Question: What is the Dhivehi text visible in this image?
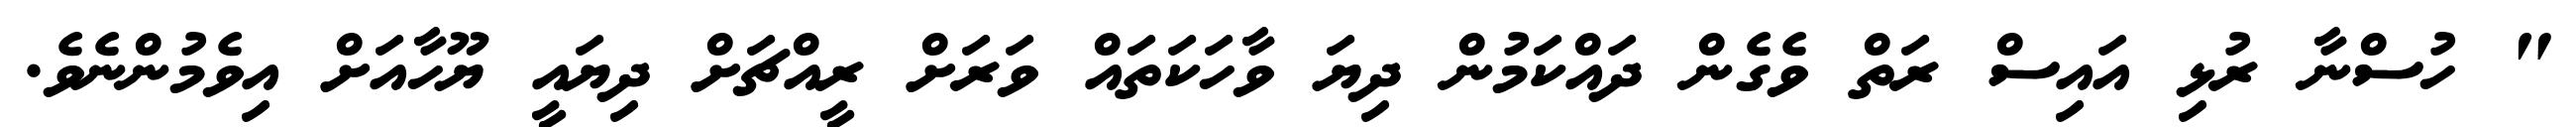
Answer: " ހުސްނާ ރުޅި އައިސް ރަތް ވެގެން ދައްކަމުން ދިޔަ ވާހަކަތައް ވަރަށް ރީއްޗަށް ދިޔައީ ޔޫހާއަށް އިވެމުންނެވެ.